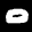
Label: 0